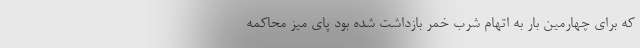
که برای چهارمین بار به اتهام شرب خمر بازداشت شده بود پای میز محاکمه